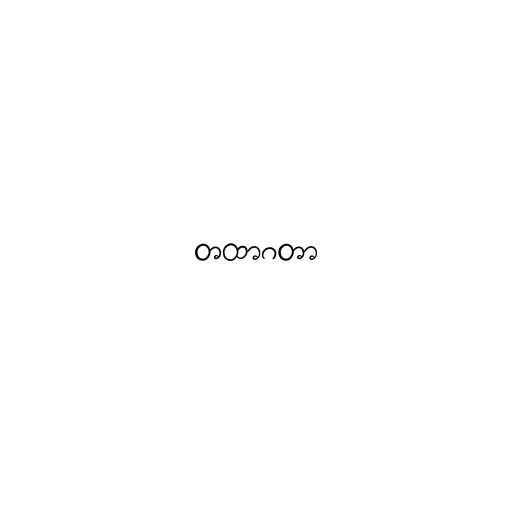
တထာဂတာ